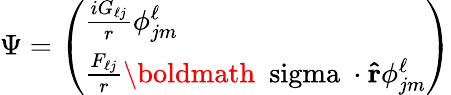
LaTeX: \Psi=\left(\begin{array}{l}{{{\frac{iG_{\ell j}}{r}}\phi_{jm}^{\ell}}}\\ {{{\frac{F_{\ell j}}{r}}{{\mathrm{\boldmath~\ sigma~}}\cdot{\mathbf{\hat{r}}}}\phi_{jm}^{\ell}}}\end{array}\right)